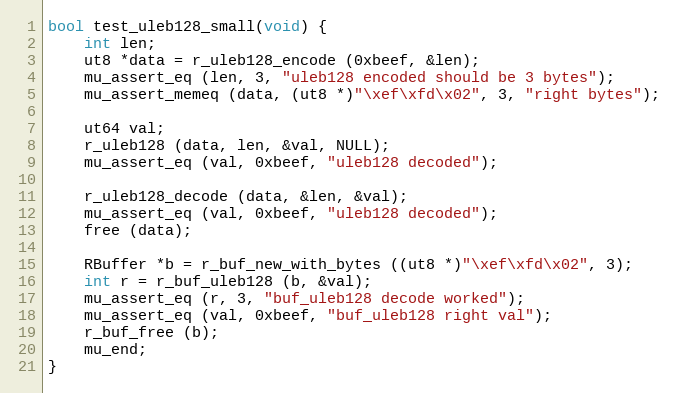
Language: C
bool test_uleb128_small(void) {
	int len;
	ut8 *data = r_uleb128_encode (0xbeef, &len);
	mu_assert_eq (len, 3, "uleb128 encoded should be 3 bytes");
	mu_assert_memeq (data, (ut8 *)"\xef\xfd\x02", 3, "right bytes");

	ut64 val;
	r_uleb128 (data, len, &val, NULL);
	mu_assert_eq (val, 0xbeef, "uleb128 decoded");

	r_uleb128_decode (data, &len, &val);
	mu_assert_eq (val, 0xbeef, "uleb128 decoded");
	free (data);

	RBuffer *b = r_buf_new_with_bytes ((ut8 *)"\xef\xfd\x02", 3);
	int r = r_buf_uleb128 (b, &val);
	mu_assert_eq (r, 3, "buf_uleb128 decode worked");
	mu_assert_eq (val, 0xbeef, "buf_uleb128 right val");
	r_buf_free (b);
	mu_end;
}